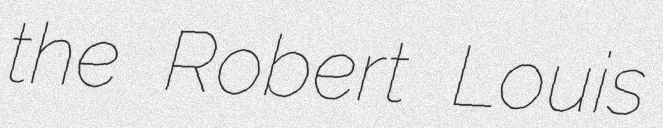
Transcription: the Robert Louis